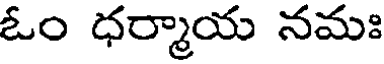
ఓం ధర్మాయ నమః